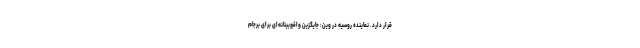
قرار دارد. نماینده روسیه در وین: جایگزین واقع‌بینانه‌ای برای برجام